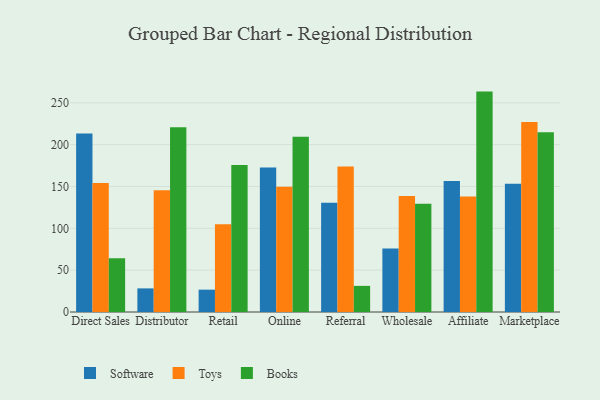
{"axis": {"x": "Channel", "y": "Inventory Turnover"}, "legend": ["Books", "Software", "Toys"], "data": [{"x": "Direct Sales", "y": 213.4, "type": "Software"}, {"x": "Direct Sales", "y": 154.2, "type": "Toys"}, {"x": "Direct Sales", "y": 64.1, "type": "Books"}, {"x": "Distributor", "y": 28.2, "type": "Software"}, {"x": "Distributor", "y": 145.6, "type": "Toys"}, {"x": "Distributor", "y": 220.8, "type": "Books"}, {"x": "Retail", "y": 26.7, "type": "Software"}, {"x": "Retail", "y": 105.0, "type": "Toys"}, {"x": "Retail", "y": 175.7, "type": "Books"}, {"x": "Online", "y": 172.7, "type": "Software"}, {"x": "Online", "y": 149.6, "type": "Toys"}, {"x": "Online", "y": 209.4, "type": "Books"}, {"x": "Referral", "y": 130.6, "type": "Software"}, {"x": "Referral", "y": 173.8, "type": "Toys"}, {"x": "Referral", "y": 31.2, "type": "Books"}, {"x": "Wholesale", "y": 76.0, "type": "Software"}, {"x": "Wholesale", "y": 138.7, "type": "Toys"}, {"x": "Wholesale", "y": 129.4, "type": "Books"}, {"x": "Affiliate", "y": 156.6, "type": "Software"}, {"x": "Affiliate", "y": 138.1, "type": "Toys"}, {"x": "Affiliate", "y": 263.4, "type": "Books"}, {"x": "Marketplace", "y": 153.3, "type": "Software"}, {"x": "Marketplace", "y": 227.0, "type": "Toys"}, {"x": "Marketplace", "y": 214.9, "type": "Books"}]}